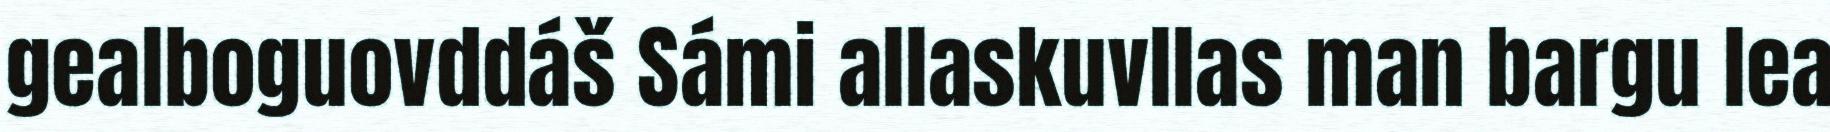
gealboguovddáš Sámi allaskuvllas man bargu lea